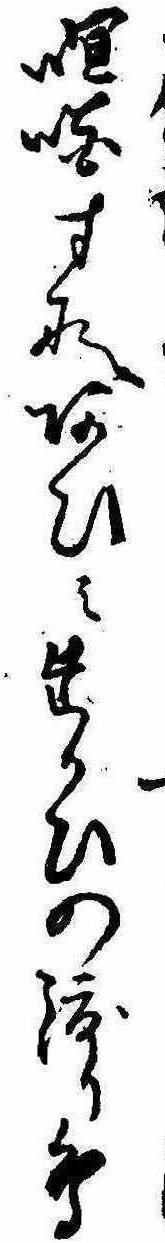
喧嘩すなあひみたかひの渡り鳥